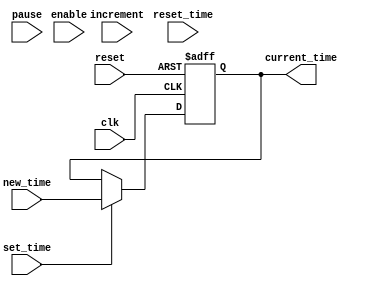
module real_time_clock(
  input wire clk,
  input wire reset,
  input wire enable,
  input wire pause,
  input wire increment,
  input wire reset_time,
  input wire set_time,
  input [31:0] new_time,
  output reg [31:0] current_time
);

reg [31:0] counter;

always @(posedge clk or posedge reset) begin
  if (reset) begin
    current_time <= 32'h00000000;
    counter <= 32'h00000000;
  end else begin
    if (enable & !pause) begin
      if (increment) begin
        counter <= counter + 32'h00000001;
      end
      if (reset_time) begin
        counter <= 32'h00000000;
      end
    end
    if (set_time) begin
      current_time <= new_time;
    end
  end
end

endmodule